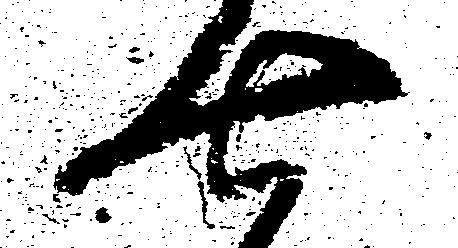
七